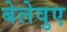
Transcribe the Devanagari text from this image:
बेलेवुए